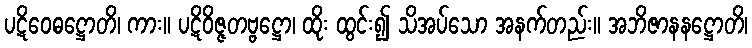
ပဋိဝေဓဋ္ဌောတိ၊ ကား။ ပဋိဝိဇ္ဇတဗ္ဗဋ္ဌော၊ ထိုး ထွင်း၍ သိအပ်သော အနက်တည်း။ အဘိဇာနနဋ္ဌောတိ၊